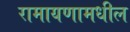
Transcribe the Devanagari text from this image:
रामायणामधील